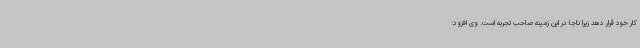
کار خود قرار دهد زیرا ناجا در این زمینه صاحب تجربه است. وی افزود: